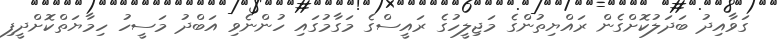
ގަވާއިދު ބަދަލުކޮށްގެން ރައްޔިތުންގެ މަޖިލީހުގެ ރައީސްގެ މަގާމުގައި ހުންނެވި އަބްދު މަސީހު ހިމާޔަތްކޮށްދީފި